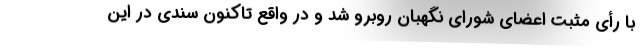
با رأی مثبت اعضای شورای نگهبان روبرو شد و در واقع تاکنون سندی در این